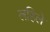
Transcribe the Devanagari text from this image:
लहिले